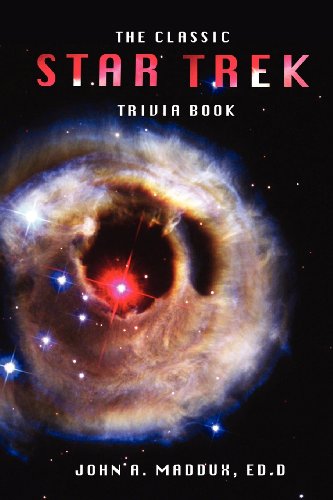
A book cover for The Classic Star Trek Trivia Book: Volumes 1 and 2; John A. Maddux; Humor & Entertainment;